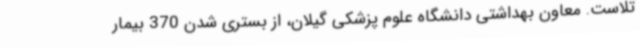
تلاست. معاون بهداشتی دانشگاه علوم پزشکی گیلان، از بستری شدن 370 بیمار